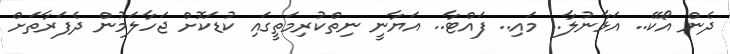
ދެން އޯކޭ.. އަޅާނުލާ.. މައި.. ފައްޓާ.. އަޔާނީ ނިތްކުރިމަތީގައި ކުޑަކޮށް ޖަހާލަމުން ދެފަރާތަށް